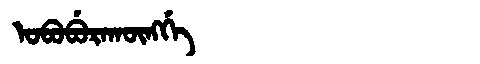
Manchu: ᠣᠪᠣᠪᡠᡵᠠᡴᡡᠩᡤᡝ
Romanization: OBOBURAKŪNGGE